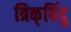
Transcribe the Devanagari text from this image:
त्रिक्‌बिंदु